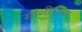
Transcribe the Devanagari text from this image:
सालीनुसार